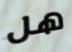
هل